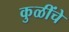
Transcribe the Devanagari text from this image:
कुळींचे